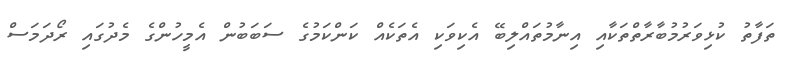
ތަފާތު ކުޅިވަރުމުބާރާތްތަކާއި އިނާމުތައްލިބޭ އެކިވަކި އެތަކެއް ކަންކަމުގެ ސަބަބުން އެމީހުންގެ މެދުގައި ރޯދަމަސް